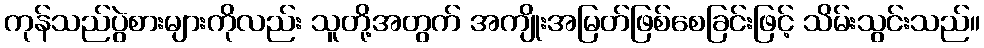
ကုန်သည်ပွဲစားများကိုလည်း သူတို့အတွက် အကျိုးအမြတ်ဖြစ်စေခြင်းဖြင့် သိမ်းသွင်းသည်။